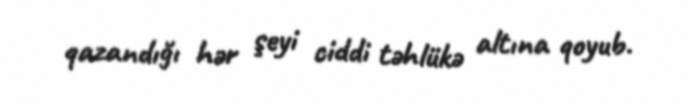
qazandığı hər şeyi ciddi təhlükə altına qoyub.